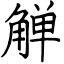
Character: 觯